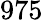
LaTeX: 975